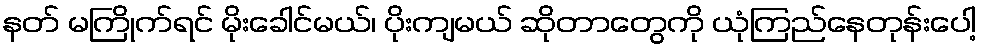
နတ် မကြိုက်ရင် မိုးခေါင်မယ်၊ ပိုးကျမယ် ဆိုတာတွေကို ယုံကြည်နေတုန်းပေါ့